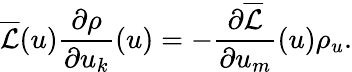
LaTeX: \overline{{\mathcal{L}}}(u)\frac{\partial\rho}{\partial u_{k}}(u)=-\frac{\partial\overline{{\mathcal{L}}}}{\partial u_{m}}(u)\rho_{u}.